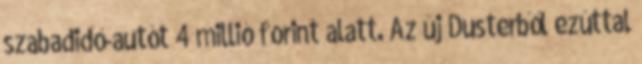
szabadidő-autót 4 millió forint alatt. Az új Dusterből ezúttal